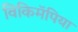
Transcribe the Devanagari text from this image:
विकिमॅपिया